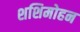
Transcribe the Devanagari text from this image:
शशिमोहन